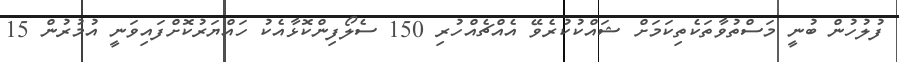
ފުލުހުން ބުނީ މަސްތުވާތަކެތިކަމަށް ޝައްކުކުރެވޭ އެއްޗެއްހުރި 150 ސެލޯފިންކޮޅާއެކު ހައްޔަރުކޮށްފައިވަނީ އުމުރުން 15